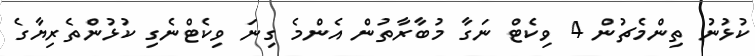
ކުޅުނު ތިންމެޗުން 4 ވިކެޓް ނަގާ މުބާރާތުން އެންމެ ގިނަ ވިކެޓްނެގި ކުޅުންތެރިޔާގެ